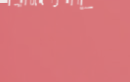
أحدث موديلات الهواتف الذك